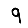
Digit: 9